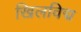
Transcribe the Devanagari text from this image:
खिलविद्म